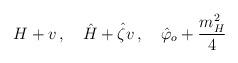
LaTeX: \begin{align*}H+ v\, , \quad \hat H + \hat \zeta v\, , \quad \hat \varphi_o + {m_H^2 \over 4 }\end{align*}